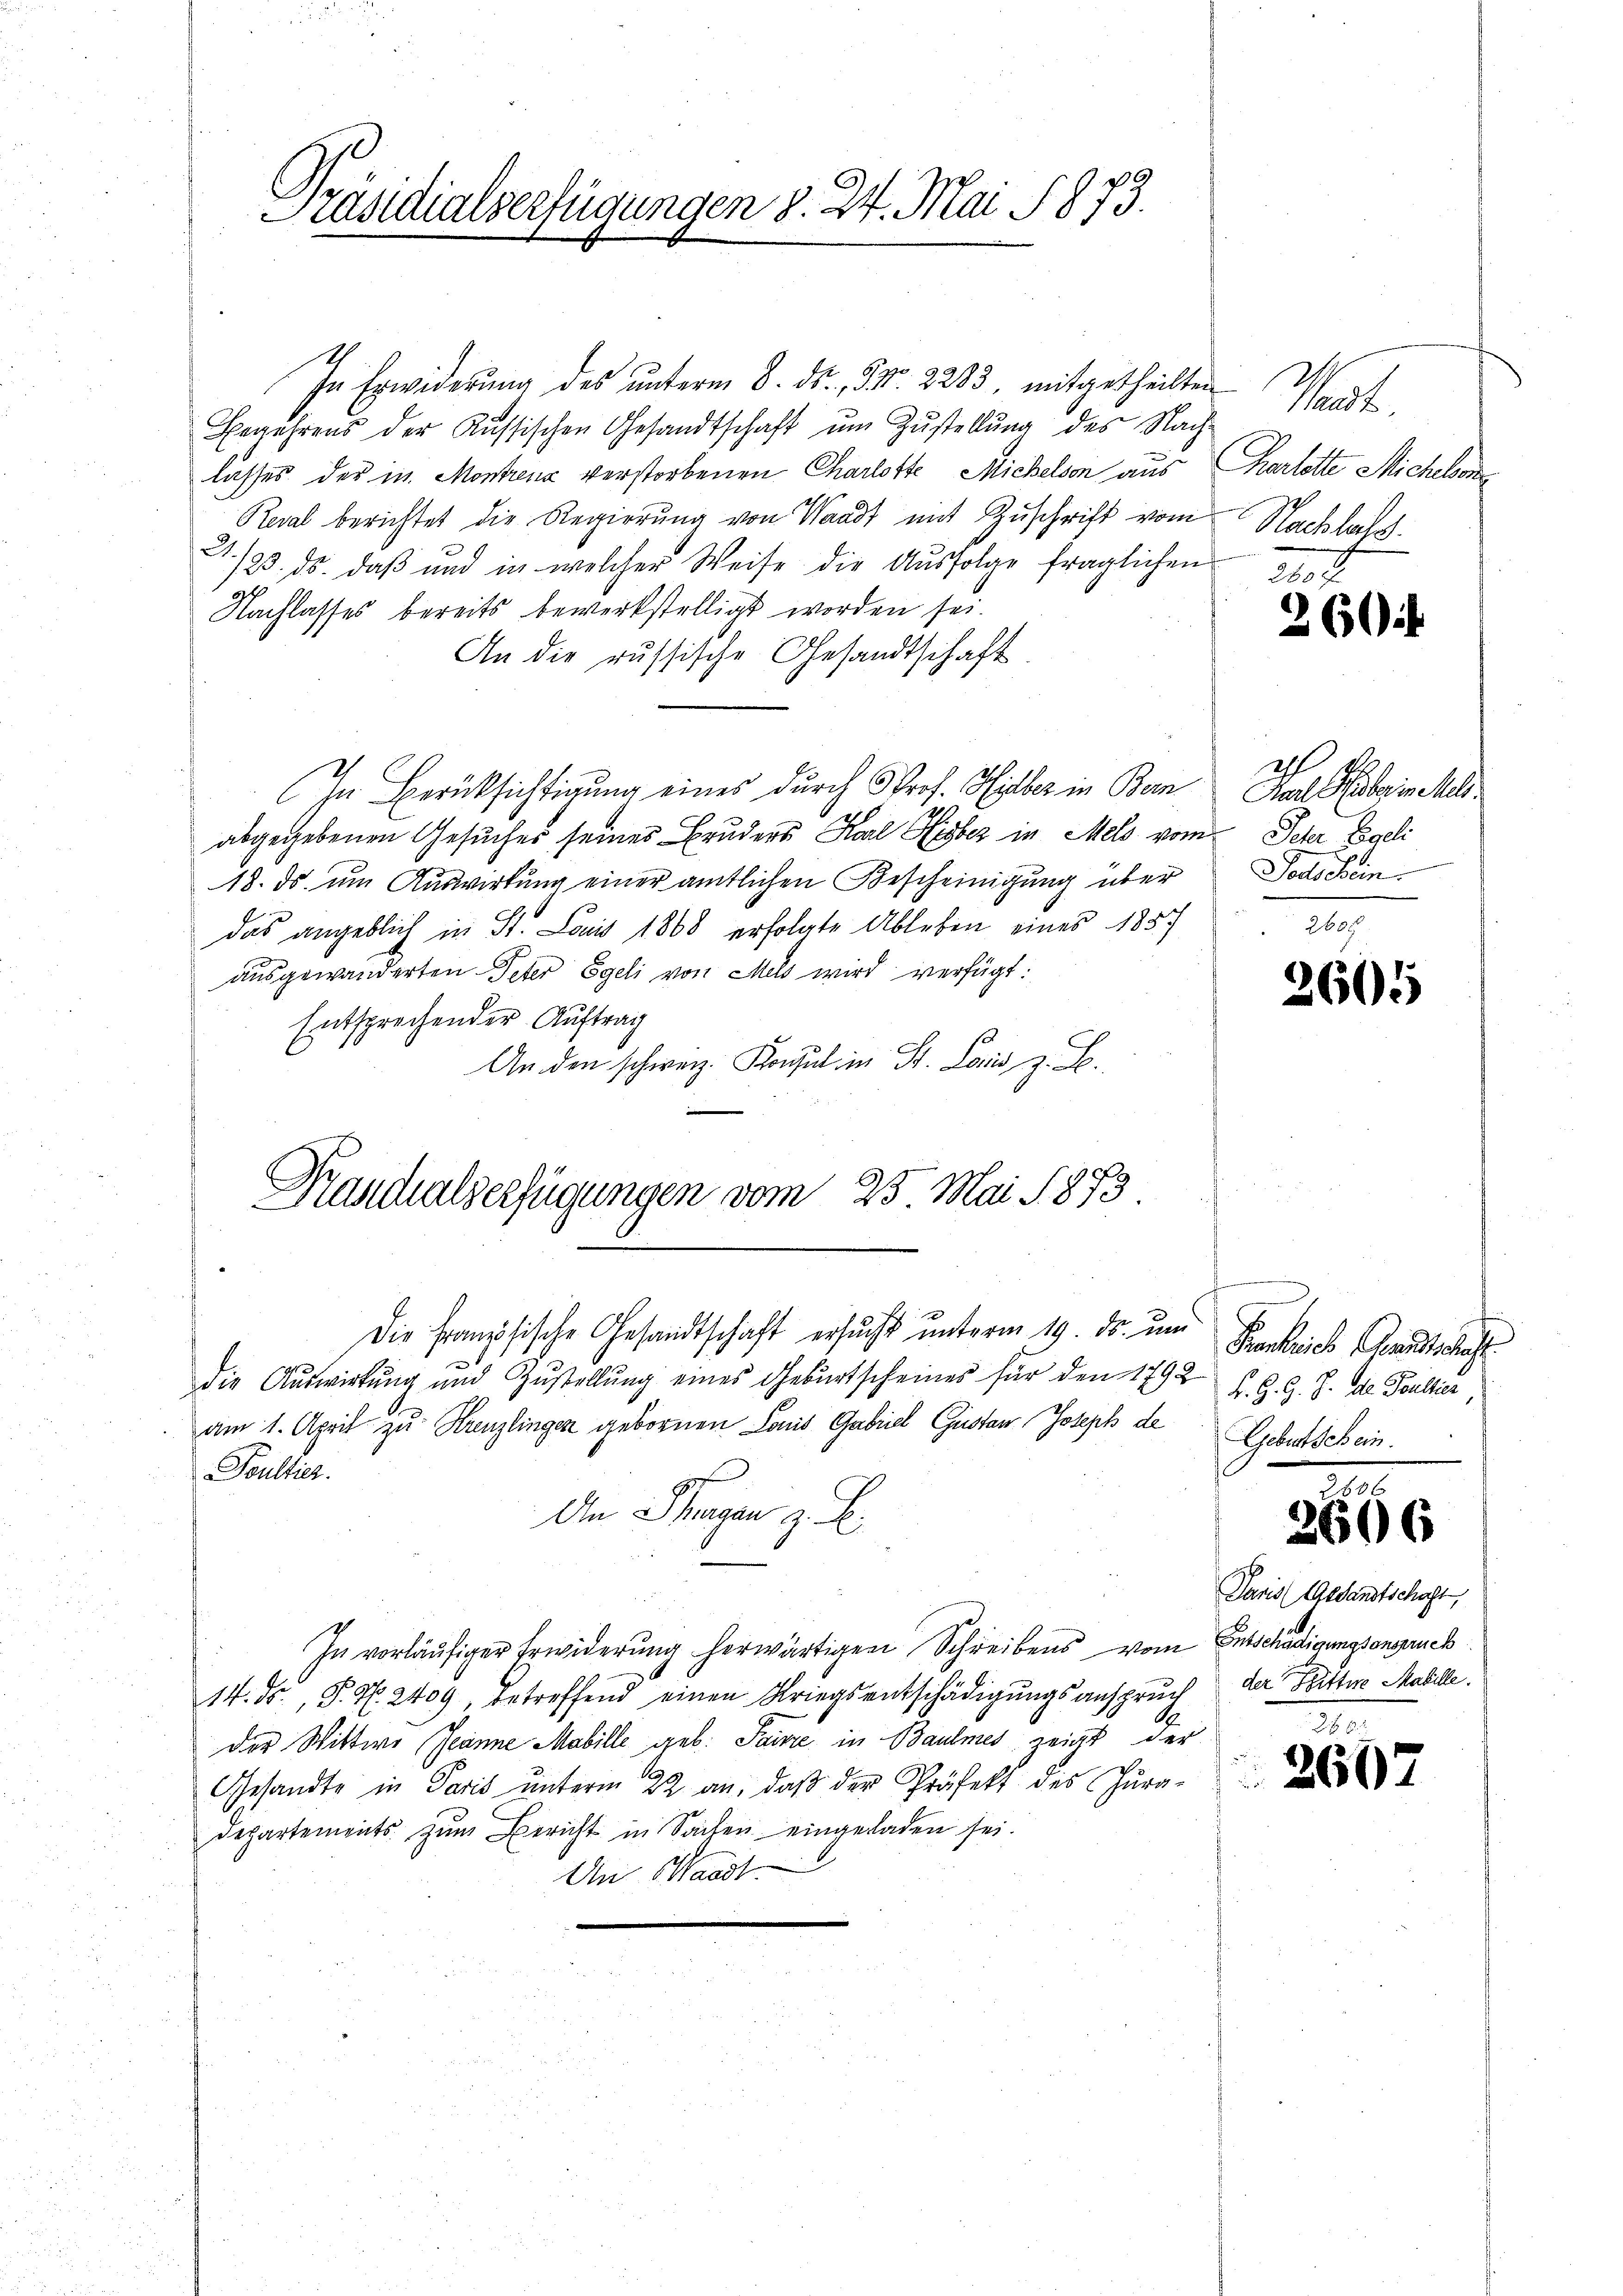
Präsidialverfügungen 8. 24. Mai 1873.

In Erwiderung des ŭnterm 8. ds. d. 2233 mitgetheilten Waadt,
Begehrens der Russischen Gesandtschaft um Zustellung des Nach-
lasses der in Montrena verstorbenen Charlotte Michelson aus Karlotte Michelmorde
Reval berichtet die Regierung von Waadt mit Zuschrift vom
3./20. ds. daß und in welcher Weise die Ausfolge fraglichen
Nachlasses bereits bewerkstelligt worden sei.
An die russische Gesandtschaft
In Berücksichtigung eines durch Prof. Hieber in Bern
abgegebenen Gesuches seines Bruders Karl Ausbez in Mels vom Peter Egeli
18. ds. um Auswirkung einer amtlichen Bescheinigung über
das angeblich in St. Louis 1868 erfolgte Ableben eines 1857
ausgewanderten Peter Egeli von Mels wird verfügt:
Entsprechender Auftrag
An den schweiz. Konsul in St. Loris z. B.

Kasidialverfügungen vom 25. Mai 1873.

Die Französische Gesandtschaft ersucht unterm 19. ds. um
die Auswirkung und Zustellung eines Geburtscheines für den 1792
am 1. April zu Kreuzlingen gebornen Comit Gabriel Gustan Joseph de Geburschein.
Soultier.
An Tagen z. B.
In vorläufiger Erwiderung herwärtigen Schreibens vom Entschädigungsanspruch
14. ds., S. Nr. 2409, betreffend einen Kriegsentschädigŭngsanspruch der Bittere Mabille.
der Wittwe Jeanne Mobille geb: Saire in Baumes zeigt, der
Gesandte in Paris unterm 22. an, daß der Präfekt des Jura-
Departements zum Bericht in Sachen eingeladen sei.
Un Waadt

Nachlass

260

Hat ein hel
Todschein

2605

Frankreis Grundschaft.
K. G. J. J. de Foullier

6

Paris Gesandtschaft,

260.